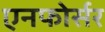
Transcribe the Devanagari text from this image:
एनफोर्सर